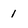
Character: 1